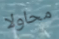
محاولا